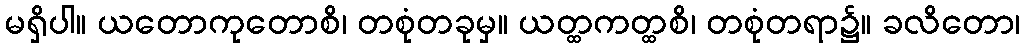
မရှိပါ။ ယတောကုတောစိ၊ တစုံတခုမှ။ ယတ္ထကတ္ထစိ၊ တစုံတရာ၌။ ခလိတော၊